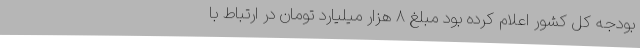
بودجه کل کشور اعلام کرده بود مبلغ ۸ هزار میلیارد تومان در ارتباط با